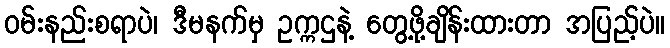
ဝမ်းနည်းစရာပဲ၊ ဒီမနက်မှ ဥက္ကဌနဲ့ တွေ့ဖို့ချိန်းထားတာ အပြည့်ပဲ။